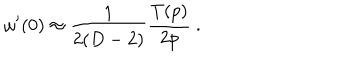
\omega ^ { \prime } ( 0 ) \approx { \frac { 1 } { 2 ( D - 2 ) } } { \frac { T ( p ) } { 2 p } } ~ .